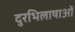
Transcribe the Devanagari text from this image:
दुरभिलाषाओं